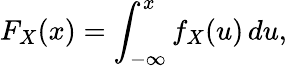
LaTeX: F_{X}(x)=\int_{-\infty}^{x}f_{X}(u)\, du,